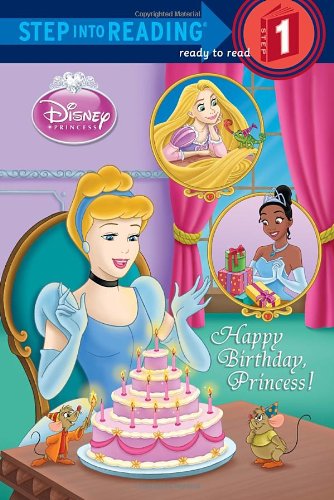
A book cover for Happy Birthday, Princess! (Disney Princess) (Step into Reading); Jennifer Weinberg; Children's Books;